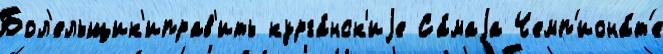
Бол'ельщик'иправ'ить курга́нск'иjе Са́маjа Чемп'иона́т'е